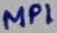
Text: MP1